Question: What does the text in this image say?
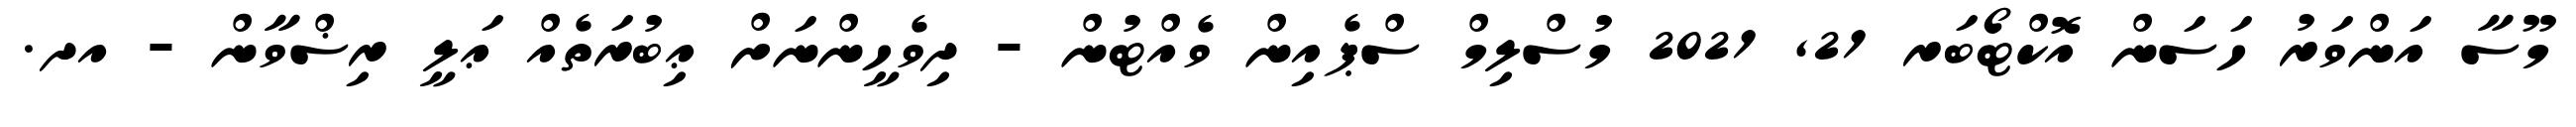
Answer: މޫސާ އަންވަރު ހަސަން އޮކްޓޯބަރ 21, 2021 މުސްލިމް ސްޕެއިން ވެއްޓުން - ދިވެހީންނަށް ޢިބުރަތެއް ޢަލީ ރިޟްވާން - އދ.